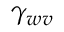
\gamma _ { w v }